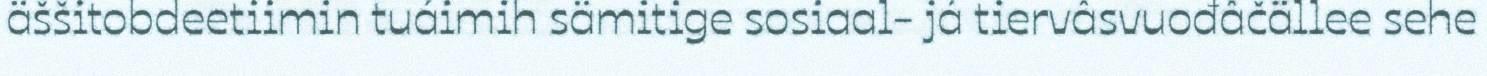
äššitobdeetiimin tuáimih sämitige sosiaal- já tiervâsvuođâčällee sehe